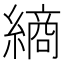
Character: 𮉀